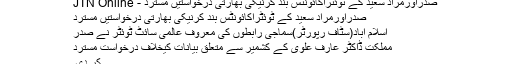
صدراورمراد سعید کے ٹوئٹراکائونٹس بند کرنیکی بھارتی درخواستیں مسترد - JTN Online
صدراورمراد سعید کے ٹوئٹراکائونٹس بند کرنیکی بھارتی درخواستیں مسترد
اسلام آباد(سٹاف رپورٹر)سماجی رابطوں کی معروف عالمی سائٹ ٹوئٹر نے صدر
مملکت ڈاکٹر عارف علوی کے کشمیر سے متعلق بیانات کیخلاف درخواست مسترد
کر دی۔